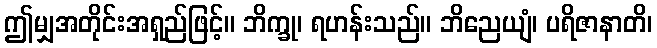
ဤမျှအတိုင်းအရှည်ဖြင့်။ ဘိက္ခု၊ ရဟန်းသည်။ ဘိညေယျံ၊ ပရိဇာနာတိ၊